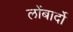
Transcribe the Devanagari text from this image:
लोंबार्दो